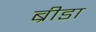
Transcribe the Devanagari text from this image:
ब्रीडा